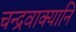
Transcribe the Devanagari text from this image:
चन्द्रवाक्यानि